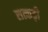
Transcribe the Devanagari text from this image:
सत्कड़ी